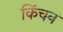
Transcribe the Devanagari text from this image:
किंचन